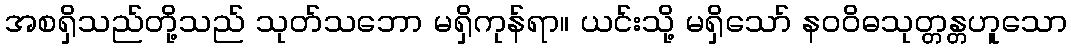
အစရှိသည်တို့သည် သုတ်သဘော မရှိကုန်ရာ။ ယင်းသို့ မရှိသော် နဝဝိဓသုတ္တန္တဟူသော